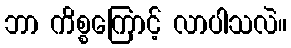
ဘာ ကိစ္စကြောင့် လာပါသလဲ။